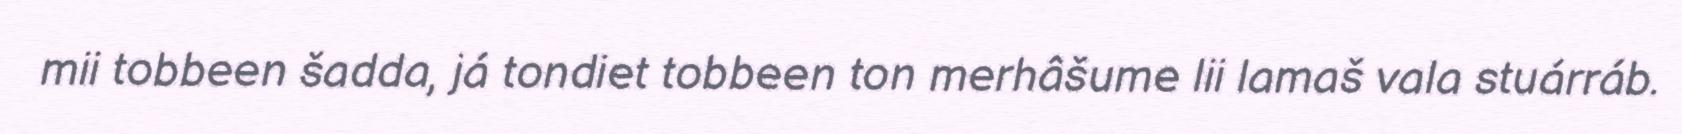
mii tobbeen šadda, já tondiet tobbeen ton merhâšume lii lamaš vala stuárráb.